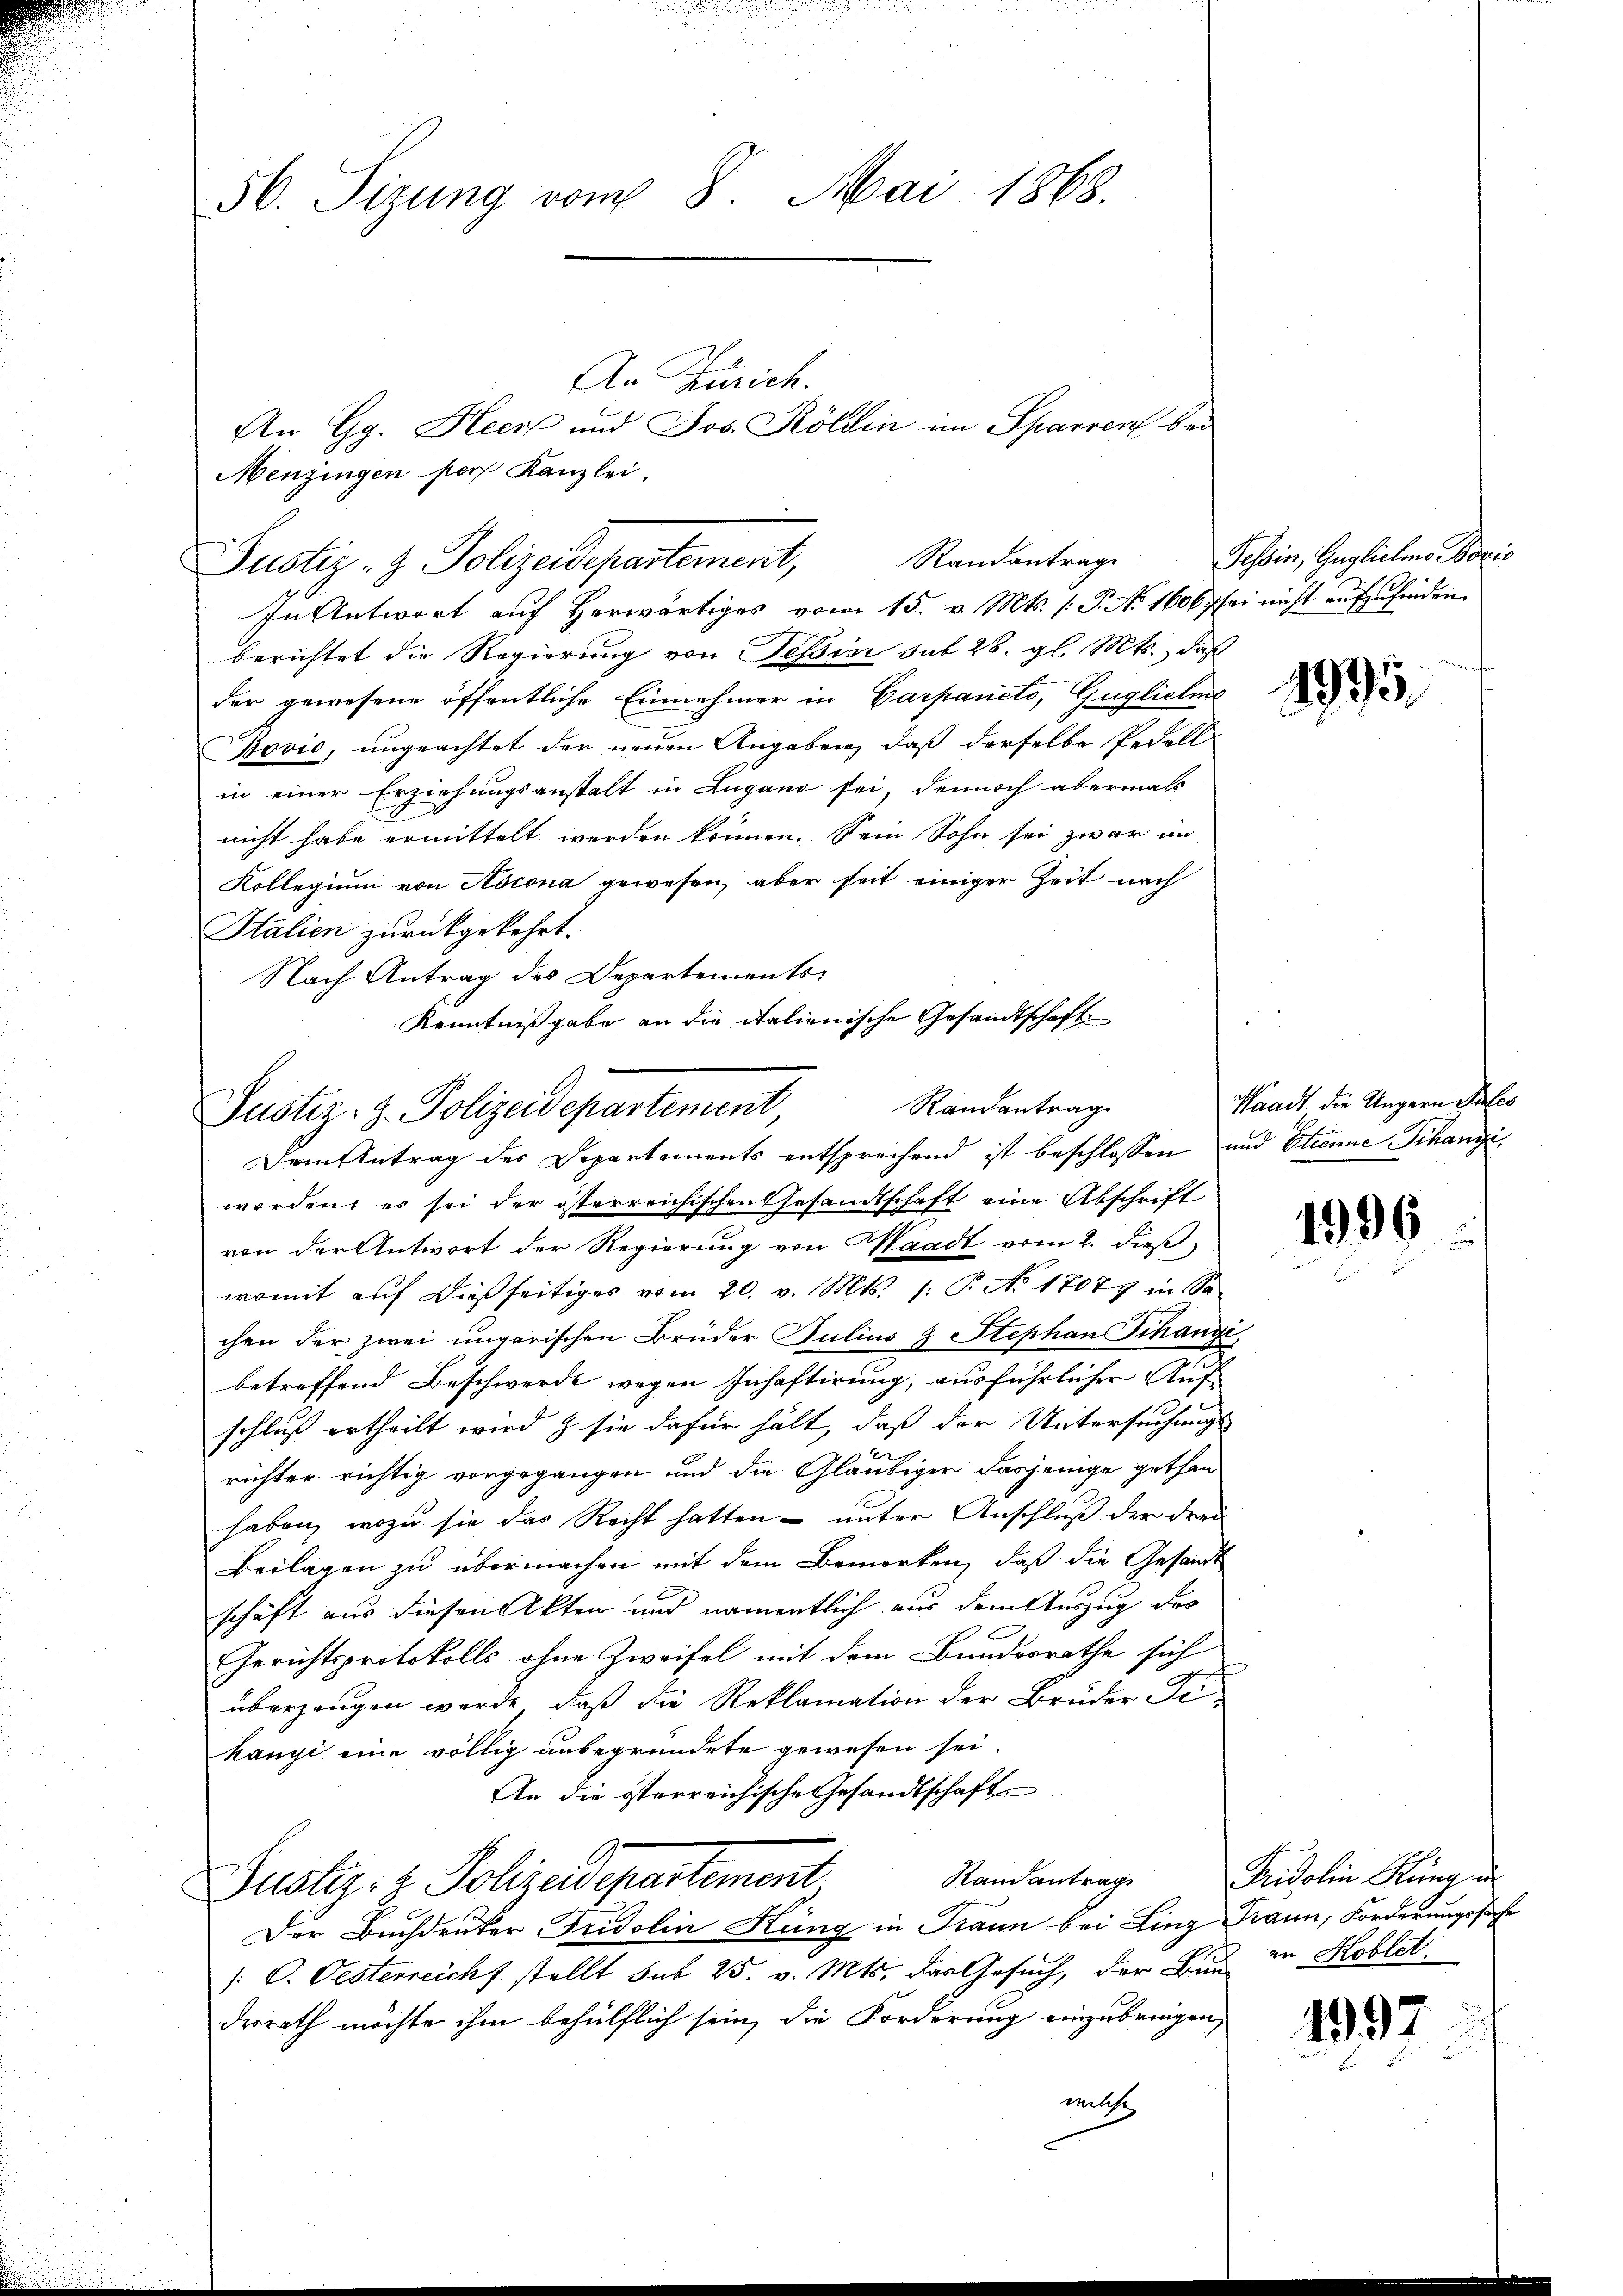
56. Sizung vom 8. Mai 1868.

Menzingen pers Kanzlei.
Justiz- & Polizeidepartement, Standantrage
In Antwort auf herwärtiges vom 15. v. Mts. 1. P. Nr. 1606 sei nicht aufzufinden

Kenntnißgabe an die italienische Gesandtschaft
Randantrag
Justiz- & Polizeidepartement
Dem Antrag des Departements entsprechend ist beschlossen und Etienne Schangi

An Zürich.
An Gg. Heer und Jos. Köllin im Sparren bei

berichtet die Regierung von Tessin sub 28. gl. Mts., daß
der gewesene öffentliche Einnehmer in Carpaneto, Guglichens
Bovio, ungeachtet der neuen Angaben, daß derselbe Pedell
in einer Erziehungsanstalt in Lugano sei, dennoch abermals
nicht habe ermittelt werden können. Sein Sohn sei zwar im
Kollegium von Ascona gewesen, aber seit einiger Zeit nach
Stalien zurückgekehrt.
Nach Antrag des Departements
worden, es sei der österreichischen Gesandtschaft eine Abschrift
von der Antwort der Regierung von Waadt vom 2. dieß
womit auf dießseitiges vom 20. v. Mts. /: T. No 17077 in Sa-
chen der zwei ungarischen Brüder Julius & Stephan Schange,
betreffend Beschwerde wegen Inhaftirung, ausführlicher Aufschluß ertheilt wird & sie dafür hält, daß der Untersuchungs-
richter richtig vorgegangen und die Gläubiger dasjenige gethan
haben, wozu sie das Recht hatten – unter Anschluß der drei
Beilagen zu übermachen mit dem Bemerken, daß die Gesandt
schäft aus diesen Akten und namentlich aus dem Auszug der
Gerichtsprotokolls ohne Zweifel mit dem Bundesrathe sich
überzeugen werde, daß die Reklamation der Bruder Fi-
hangi eine völlig unbegründete gewesen sei.
An die österreichische Gesandtschaft
Randantrag
Justiz- & Polizeidepartement
Der Buchdruker Fridolin Küng in Traun bei Linz Traun, Forderungssache
/: C. Oesterreicht stellt sub 25. v. Mts. das Gesuch, der Bau in Koblet
derrath möchte ihm behülflich sein, die Forderung einzubringen,
welche

Tessin, Guglichens Bozis

1995

Waadt die Ungern Pates

1996

Pridolin Rang un

1997